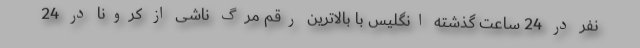
نفر در 24 ساعت گذشته انگلیس با بالاترین رقم مرگ ناشی از کرونا در 24